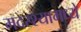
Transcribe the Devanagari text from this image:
मदरश्यामध्ये